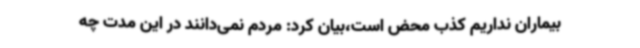
بیماران نداریم کذب محض است،بیان کرد: مردم نمی‌دانند در این مدت چه